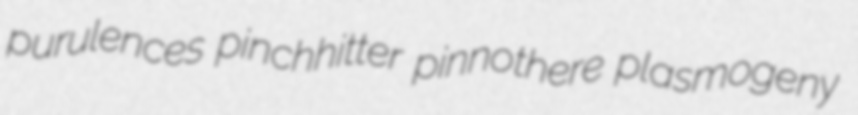
purulences pinchhitter pinnothere plasmogeny